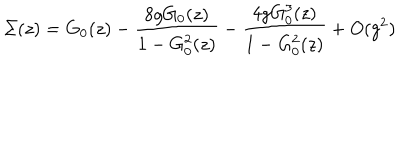
LaTeX: \Sigma ( z ) = G _ { 0 } ( z ) - { \frac { 8 g G _ { 0 } ( z ) } { 1 - G _ { 0 } ^ { 2 } ( z ) } } - { \frac { 4 g G _ { 0 } ^ { 3 } ( z ) } { 1 - G _ { 0 } ^ { 2 } ( z ) } } + O ( g ^ { 2 } )